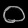
Digit: ၀